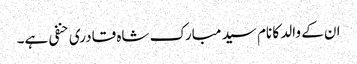
ان کے والد کا نام سید مبارک شاہ قادری حنفی ہے۔